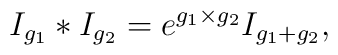
I_{g_1}\ast I_{g_2}=e^{g_1\times g_2}I_{g_1+g_2},